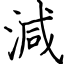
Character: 減